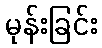
မုန်းခြင်း